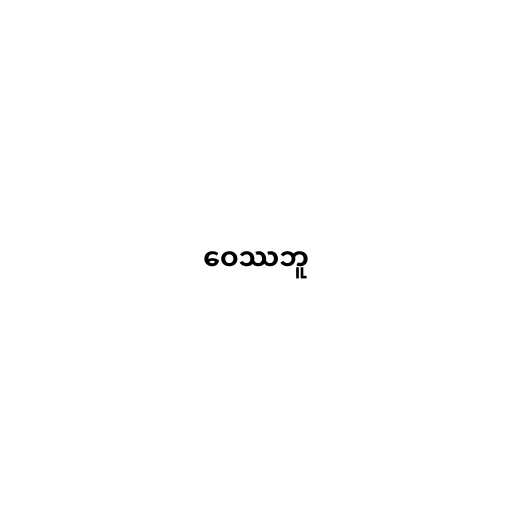
ဝေဿဘူ